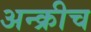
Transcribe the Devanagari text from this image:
अन्क्रीच